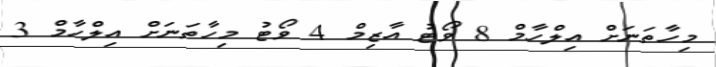
މިހާތަނަށް އިލްހާމް 8 ވޯޓު އާޒިމް 4 ވޯޓު މިހާތަނަށް އިލްހާމް 3